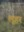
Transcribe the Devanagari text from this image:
लूहर